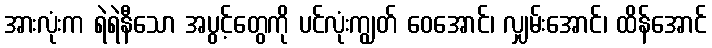
အားလုံးက ရဲရဲနီသော အပွင့်တွေကို ပင်လုံးကျွတ် ဝေအောင်၊ လျှမ်းအောင်၊ ထိန်အောင်